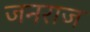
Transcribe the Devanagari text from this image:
जनराज